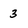
Character: 3